Leaving Certificate Examination (including Day School Certificate (Higher) General paper), 1930
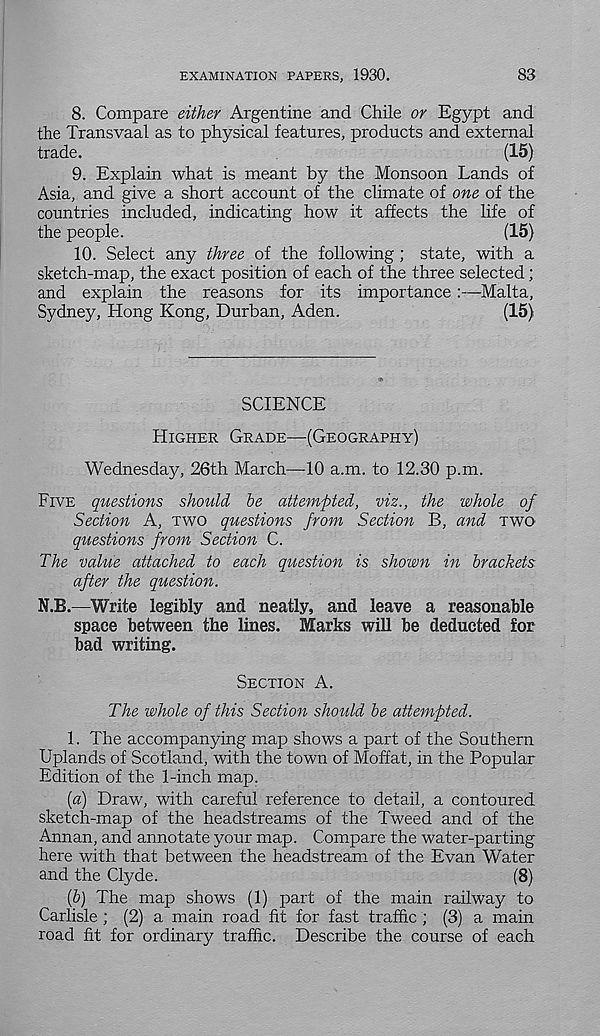
EXAMINATION PAPERS, 1930.
83
8. Compare either Argentine and Chile or Egypt and
the Transvaal as to physical features, products and external
trade.
(15)
9. Explain what is meant by the Monsoon Lands of
Asia, and give a short account of the climate of one of the
countries included, indicating how it affects the life of
the people.
(15)
10. Select any three of the following; state, with a
sketch-map, the exact position of each of the three selected;
and explain the reasons for its importance :—Malta,
Sydney, Hong Kong, Durban, Aden.
(15)
SCIENCE
Higher Grade—(Geography)
Wednesday, 26th March—10 a.m. to 12.30 p.m.
Five questions should he attempted, viz., the whole of
Section A, two questions from Section B, and two
questions from Section C.
The value attached to each question is shown in brackets.
after the question.
N.B.—Write legibly and neatly, and leave a reasonable
space between the lines. Marks will be deducted for
bad writing.
Section A.
The whole of this Section should he attempted.
1. The accompanying map shows a part of the Southern
Uplands of Scotland, with the town of Moffat, in the Popular
Edition of the 1-inch map.
(a) Draw, with careful reference to detail, a contoured
sketch-map of the headstreams of the Tweed and of the
Annan, and annotate your map. Compare the water-parting
here with that between the headstream of the Evan Water
and the Clyde.
(8)
(h) The map shows (1) part of the main railway to
Carlisle ; (2) a main road fit for fast traffic ; (3) a main
road fit for ordinary traffic. Describe the course of each